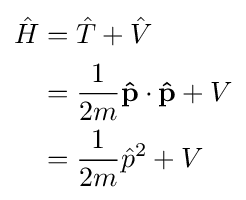
{\begin{aligned}{\hat {H}}&={\hat {T}}+{\hat {V}}\\&={\frac {1}{2m}}\mathbf {\hat {p}} \cdot \mathbf {\hat {p}} +V\\&={\frac {1}{2m}}{\hat {p}}^{2}+V\\\end{aligned}}\,\!